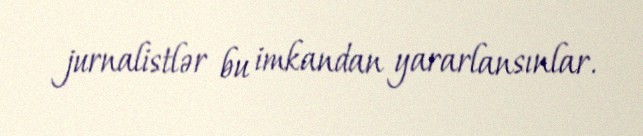
jurnalistlər bu imkandan yararlansınlar.